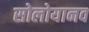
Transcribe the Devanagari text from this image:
सोलोयानव